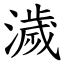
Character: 濊